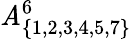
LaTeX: \mathit{A}_{\{ 1,2,3,4,5,7\} }^{6}